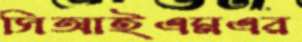
সিআইএমএর